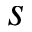
s